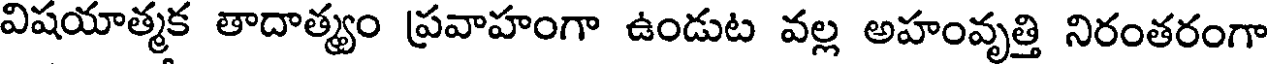
విషయాత్మక తాదాత్మ్యం ప్రవాహంగా ఉండుట వల్ల అహంవృత్తి నిరంతరంగా